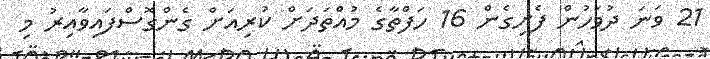
21 ވަނަ ދުވަހުން ފެށިގެން 16 ހަފްތާގެ މުއްތަދަށް ކުރިއަށް ގެންގޮސްފައިވާއިރު މި